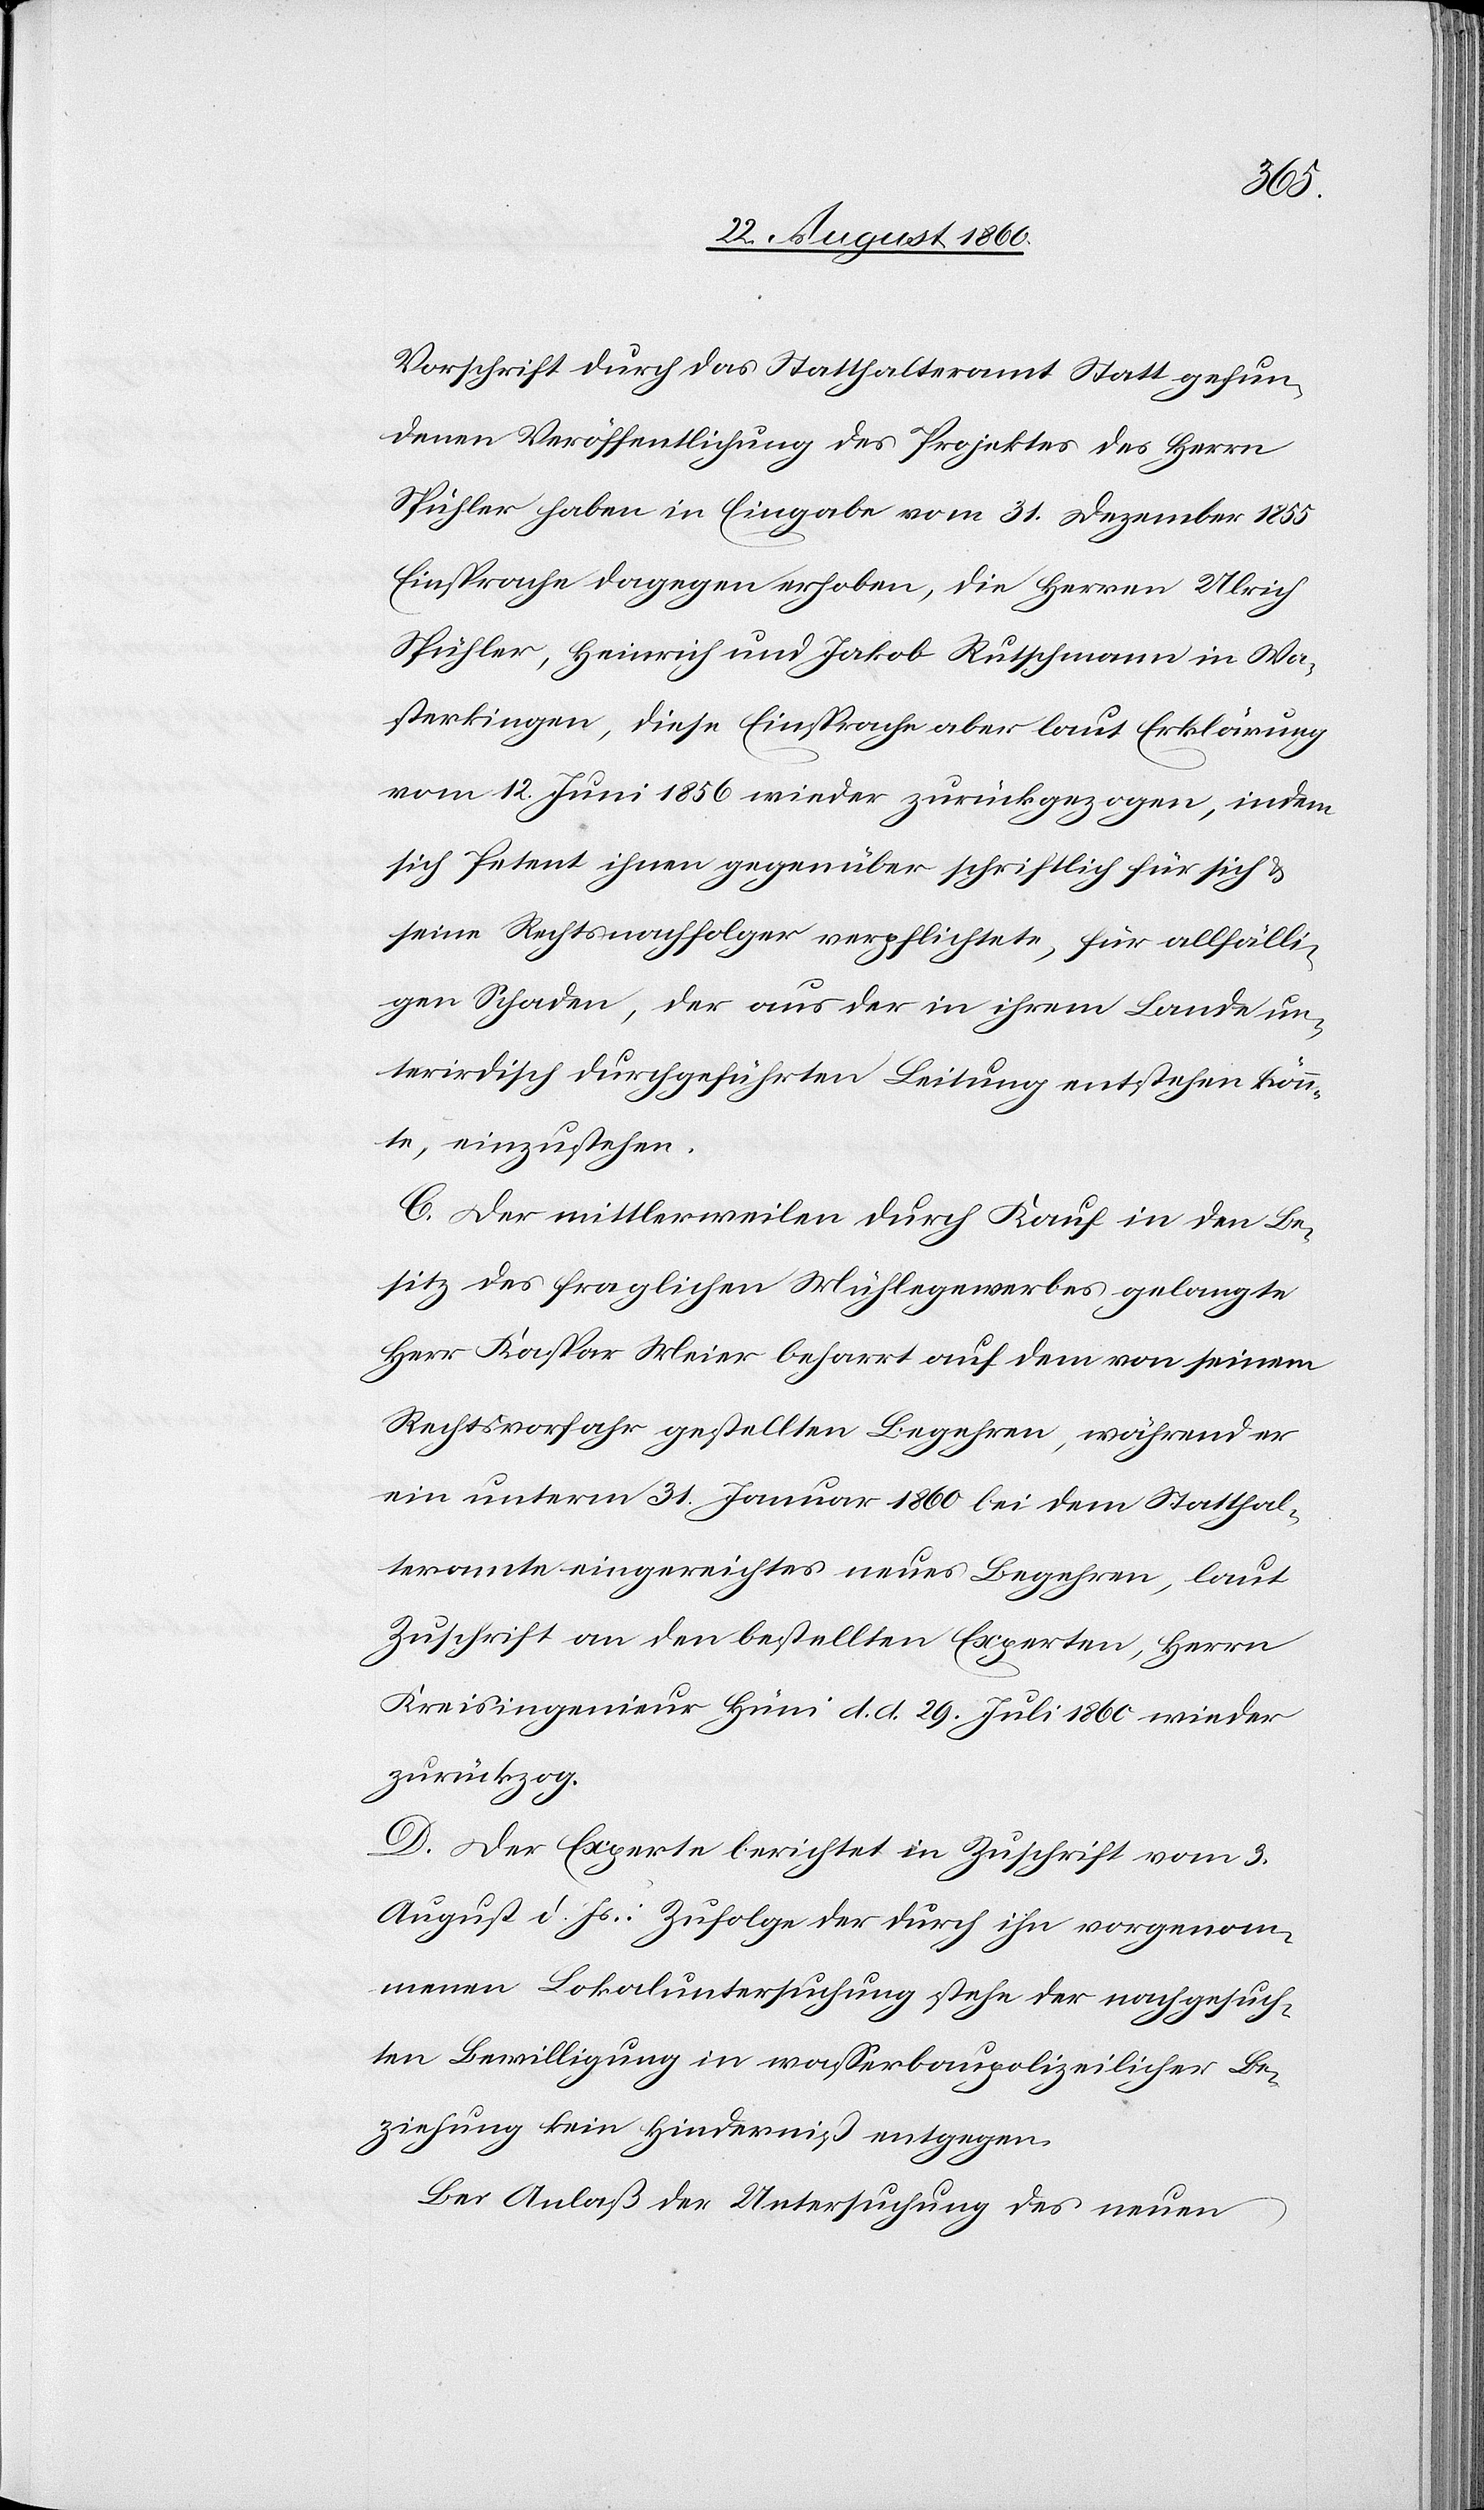
Vorschrift durch das Statthalteramt Statt gefun¬
denen Veröffentlichung des Projektes des Hrn.
Spühler haben in Eingabe vom 31. Christmonat 1855
Einsprache dagegen erhoben, die Hrn. Ulrich
Spühler, Heinrich u. Jakob Rutschmann in Wa¬
sterkingen, diese Einsprache aber laut Erklärung
vom 12. Brachmonat 1856 wieder zurückgezogen, indem
sich Petent ihnen gegenüber schriftlich für sich und
seine Rechtsnachfolger verpflichtete, für allfälli¬
gen Schaden, der aus der in ihrem Lande un¬
terirdisch durchgeführten Leitung entstehen könn¬
te, einzustehen.
C. Der mittlerweilen durch Kauf in den Be¬
sitz des fraglichen Mühlegewerbes gelangte
Hr. Kaspar Meier beharrt auf dem von seinem
Rechtsvorfahr gestellten Begehren, während er
ein unterm 31. Jenner 1860 bei dem Statthal¬
teramte eingereichtes neues Begehren, laut
Zuschrift an den bestellten Experten, Hrn.
Kreisingenieur Hüni d. d. 29. Heumonat 1860 wieder
zurückzog.
D. Der Experte berichtet in Zuschrift vom 3.
August d. Js: Zufolge der durch ihn vorgenom¬
menen Lokaluntersuchung stehe der nachgesuch¬
ten Bewilligung in wasserbaupolizeilicher Be¬
ziehung kein Hinderniss entgegen.
Bei Anlass der Untersuchung des neuen